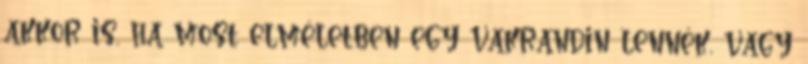
akkor is, ha most elméletben egy vakrandin lennék, vagy